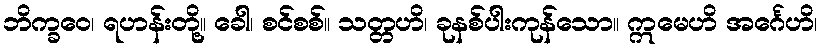
ဘိက္ခဝေ၊ ရဟန်းတို့။ ခေါ၊ စင်စစ်။ သတ္တဟိ၊ ခုနစ်ပါးကုန်သော။ ဣမေဟိ အင်္ဂေဟိ၊